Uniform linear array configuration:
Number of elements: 24
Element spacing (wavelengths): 0.25
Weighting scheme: binomial
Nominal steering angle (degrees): -60
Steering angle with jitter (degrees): -59.771
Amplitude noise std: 0.05
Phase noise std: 0.05

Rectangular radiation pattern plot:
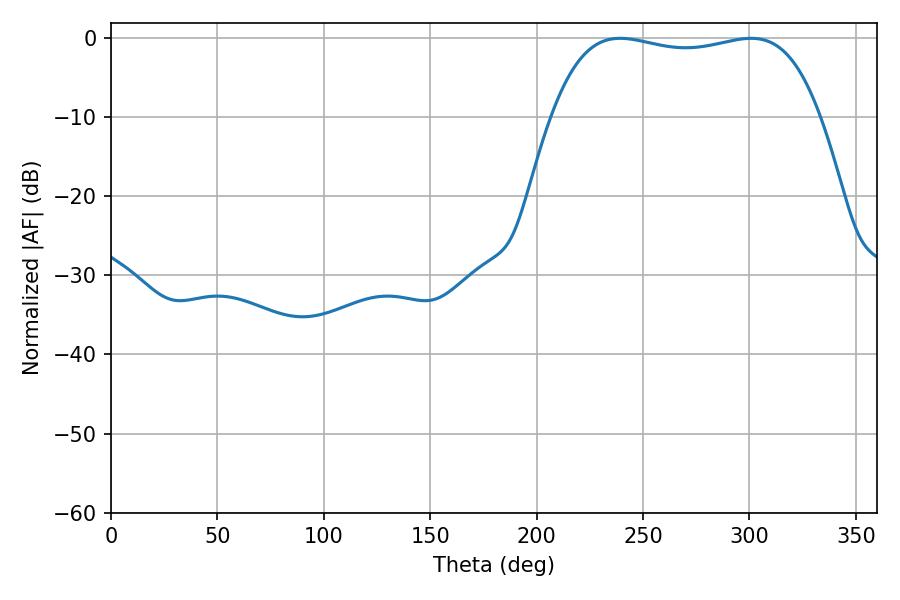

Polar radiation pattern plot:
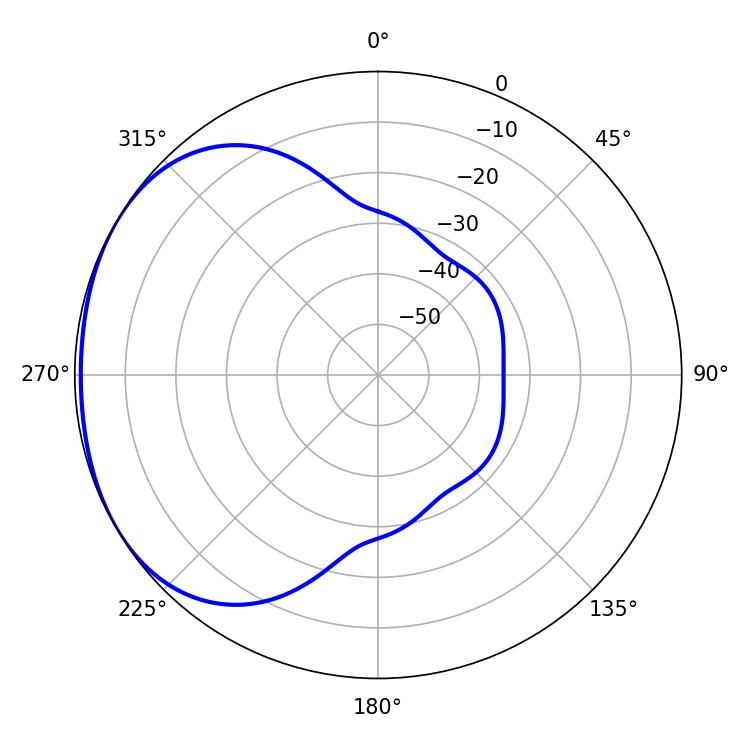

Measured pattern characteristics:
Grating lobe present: FALSE
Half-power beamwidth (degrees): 101.16
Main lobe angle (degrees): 239.22